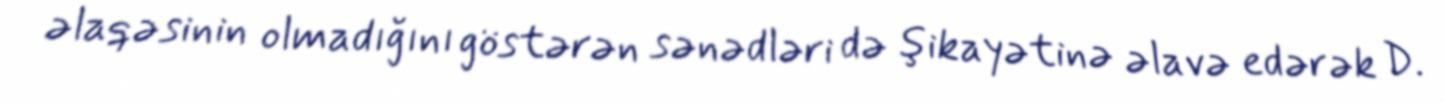
əlaqəsinin olmadığını göstərən sənədləri də şikayətinə əlavə edərək D.